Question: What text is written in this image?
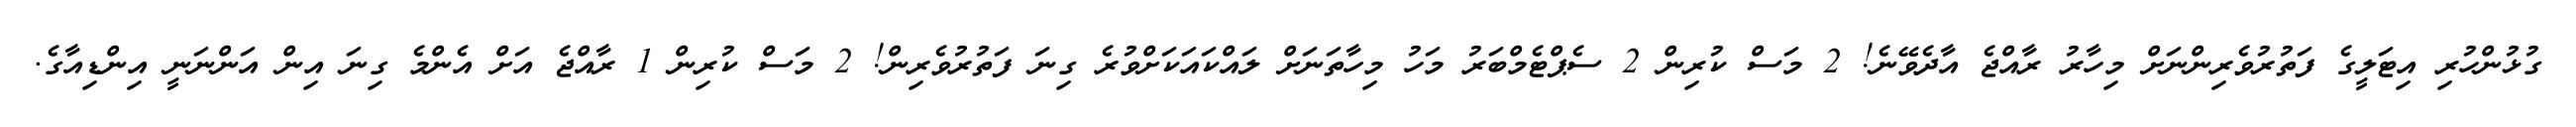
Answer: ގުޅުންހުރި އިޓަލީގެ ފަތުރުވެރިންނަށް މިހާރު ރާއްޖެ އާދެވޭނެ! 2 މަސް ކުރިން 2 ސެޕްޓެމްބަރު މަހު މިހާތަނަށް ލައްކައަކަށްވުރެ ގިނަ ފަތުރުވެރިން! 2 މަސް ކުރިން 1 ރާއްޖެ އަށް އެންމެ ގިނަ އިން އަންނަނީ އިންޑިއާގެ.